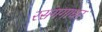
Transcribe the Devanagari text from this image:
रसंगगाधर